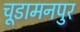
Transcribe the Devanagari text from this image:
चूडामनपुर